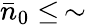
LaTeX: \bar{n}_{0}\le\, \sim